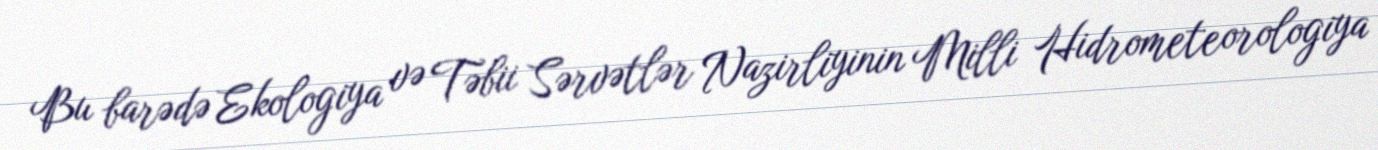
Bu barədə Ekologiya və Təbii Sərvətlər Nazirliyinin Milli Hidrometeorologiya